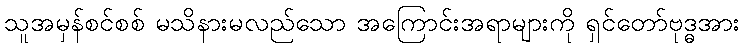
သူအမှန်စင်စစ် မသိနားမလည်သော အကြောင်းအရာများကို ရှင်တော်ဗုဒ္ဓအား